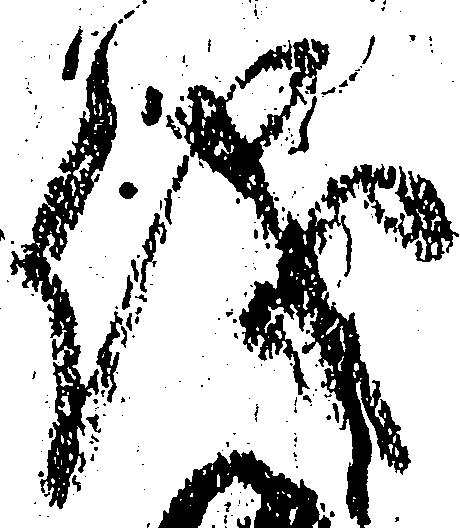
儀